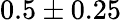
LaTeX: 0.5\pm 0.25